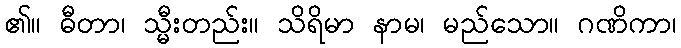
၏။ ဓီတာ၊ သ္မီးတည်း။ သိရိမာ နာမ၊ မည်သော။ ဂဏိကာ၊